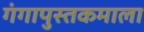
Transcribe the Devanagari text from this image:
गंगापुस्तकमाला